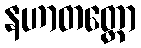
နဟာတတ္တော